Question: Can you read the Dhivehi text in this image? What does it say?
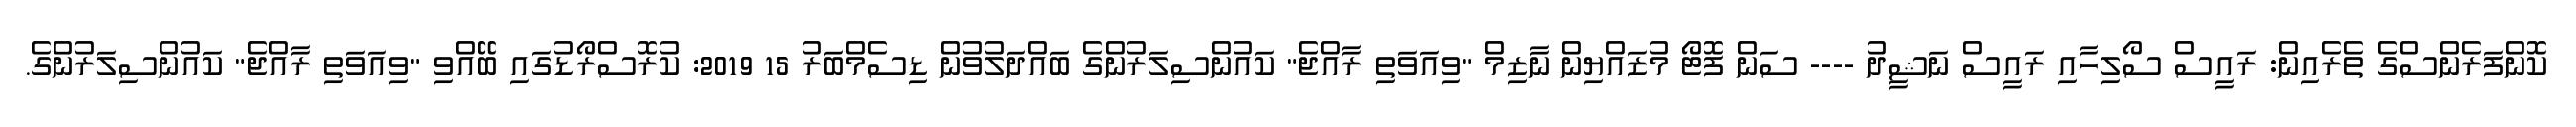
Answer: ކޮންފަރެންސްގެ ތެރެއިން: ރައީސް ސޯލިހާއި ރައީސް ނަޝީދު ---- ސަން ފޮޓޯ މުޒައްޔިން ނާޒިމް "ވިއަވަތި ރާއްޖެ" ކައުންސިލަރުންގެ ބައްދަލުވުން ޑިސެމްބަރު 15 2019: ކުރޮސްރޯޑުގައި ބޭއްވި "ވިއަވަތި ރާއްޖެ" ކައުންސިލަރުންގެ.